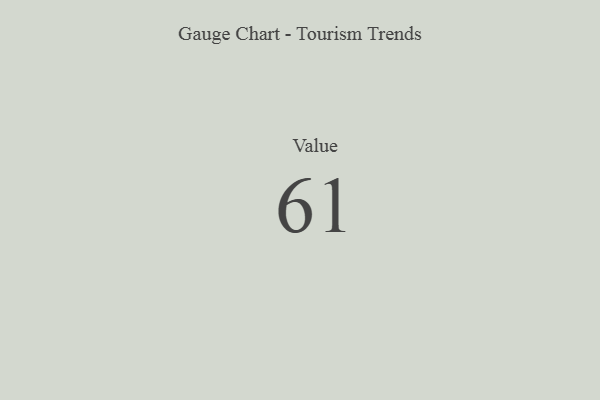
{"axis": {"x": "Metric", "y": "Value"}, "legend": [""], "data": [{"x": "Value", "y": 61, "type": ""}]}